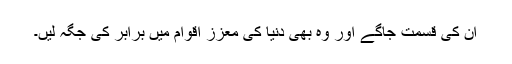
ان کی قسمت جاگے اور وہ بھی دنیا کی معزز اقوام میں برابر کی جگہ لیں۔